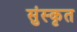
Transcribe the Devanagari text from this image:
सुंस्कृत